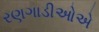
રણગાડીઓએ